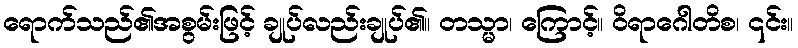
ရောက်သည်၏အစွမ်းဖြင့် ချုပ်လည်းချုပ်၏။ တသ္မာ၊ ကြောင့်။ ဝိရာဂေါတိစ၊ ၎င်း။